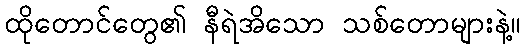
ထိုတောင်တွေ၏ နီရဲအိသော သစ်တောများနဲ့။